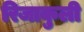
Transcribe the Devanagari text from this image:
रिजाकुली